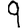
Digit: 9